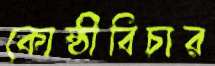
কোষ্ঠীবিচার